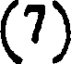
(7)